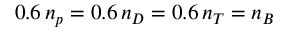
0 . 6 \, n _ { p } = 0 . 6 \, n _ { D } = 0 . 6 \, n _ { T } = n _ { B }